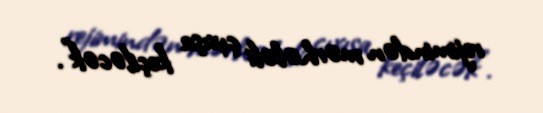
rejimindən mərhələli çıxışa keçiləcək”.